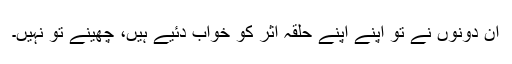
ان دونوں نے تو اپنے اپنے حلقہ اثر کو خواب دئیے ہیں، چھینے تو نہیں۔